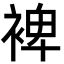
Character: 裨